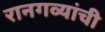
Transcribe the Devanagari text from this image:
रानगव्यांची